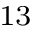
^ { 1 3 }